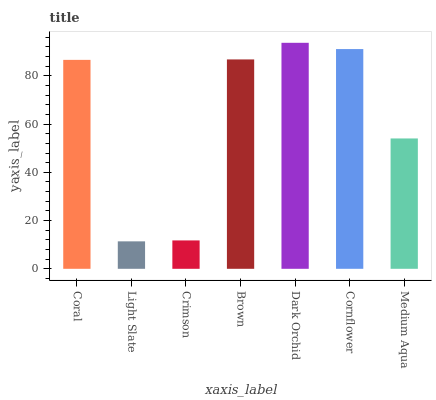
| xaxis_label | bars |
 | --- | --- |
 | Coral | 86.6 |
 | Light Slate | 11.4 |
 | Crimson | 11.8 |
 | Brown | 86.8 |
 | Dark Orchid | 93.7 |
 | Cornflower | 91.1 |
 | Medium Aqua | 54 |